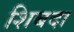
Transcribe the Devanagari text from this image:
शिबदा